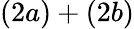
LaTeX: (2a)+(2b)